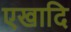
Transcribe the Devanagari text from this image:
एखादि